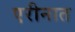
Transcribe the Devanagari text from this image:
एरीनात